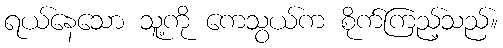
ရယ်နေသော သူ့ကို ကေသွယ်က စိုက်ကြည့်သည်။